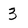
Character: 3